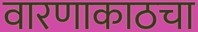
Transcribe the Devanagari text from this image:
वारणाकाठचा